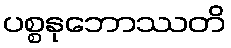
ပစ္စနုဘောဿတိ